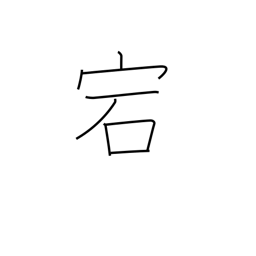
Meaning: cave